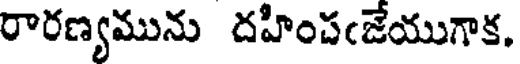
రారణ్యమును దహింపఁజేయుగాక.